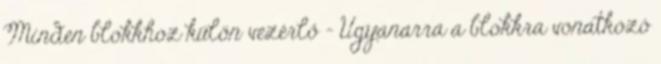
Minden blokkhoz külön vezérlő – Ugyanarra a blokkra vonatkozó